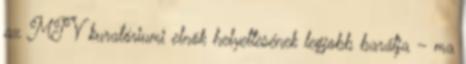
az MTV kuratóriumi elnök helyettesének legjobb barátja – ma